Report on vaccination in Madras 1904-1921 - 1904-1921
Year: 1904
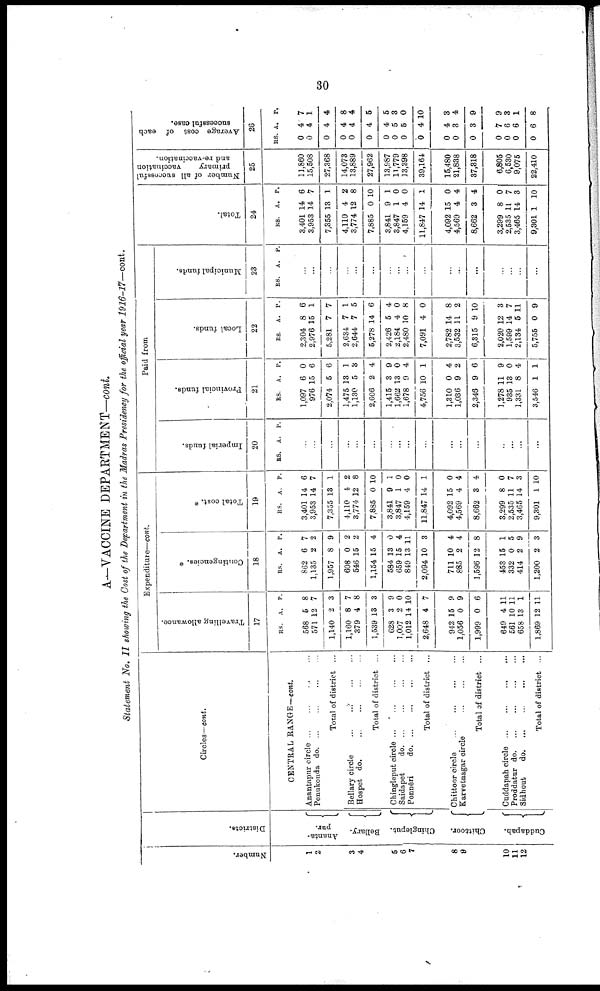
30
A—VACCINE DEPARTMENT—cont.
Statement No. II showing the Cost of the Department in the Madras Presidency for the official year 1916-17—cont.
Number.
1
2
3
4
5
6
7
8
9
10
11
12
Districts.
Ananta¬
pur.
Bellary.
Chingleput.
Chittoor.
Cuddapah.
Circles—cont.
CENTRAL RANGE— cont.
Anantapur circle
...
...
...
...
Penukonda do. ... ... ... ...
Total of district ...
Bellary circle
...
...
...
...
Hospet do.
...
...
...
...
Total of district ...
Chingleput circle
...
...
...
...
Saidapet
d
o
. ... ... ... ...
Ponnēri
d
o
. ... ... ... ...
Total of district ...
Chittoor circle ... ... ... ...
Karvetnagar circle
...
...
...
Total of district ...
Cuddapah circle
...
...
...
...
Proddatur d
o
. ... ... ... ...
Sidhout
d
o
. ... ... ... ...
Total of district ...
Expenditure—cont.
Travelling allowance.
17
RS. A. P.
568
571
1,140
1,160
379
1,539
628
1,007
1,012
2,648
942
1,056
1,999
649
561
658
1,869
5
12
2
8
4
13
3
2
14
4
15
0
0
4
10
13
12
8
7
3
7
8
3
9
0
10
7
9
9
6
11
11
1
11
Contingencies. *
18
RS. A. P.
862
1,135
1,957
608
546
1,154
584
659
849
2,094
711
885
1,596
453
332
414
1,200
6
2
8
0
15
15
13
15
13
10
10
2
12
15
0
2
2
7
2
9
2
2
4
0
4
11
3
4
4
8
1
5
9
3
Total cost. *
19
RS. A. P.
3,401
3,953
7,355
4,110
3,774
7,885
3,841
3,847
4,159
11,847
4,092
4,569
8,662
3,299
2,535
3,465
9,301
14
14
13
4
12
0
9
1
4
14
15
4
8
8
11
14
1
6
7
1
2
8
10
1
0
0
1
0
4
4
0
7
3
10
Paid from
Imperial funds.
20
RS. A. P.
...
...
...
...
...
...
...
...
...
...
...
...
...
...
...
...
...
Provincial funds.
21
RS. A. P.
1,097
976
2,074
1,475
1,130
2,606
1,415
1,662
1,678
4,756
1,310
1,036
2,346
1,278
935
1,331
3,546
6
15
5
18
5
2
3
13
9
10
0
9
9
11
13
8
1
0
6
6
1
3
4
9
0
4
1
4
2
6
9
0
4
1
Local funds.
22
RS. A. P.
2,304
2,976
5,281
2,634
2,644
5,278
2,426
2,184
2,480
7,091
2,782
3,532
6,315
2,020
1,599
2,134
5,755
8
15
7
7
7
14
5
4
10
4
14
11
9
12
14
5
0
6
1
7
1
5
6
4
0
8
0
8
2
10
3
7
11
9
Municipal funds.
23
RS. A. P.
...
...
...
...
...
...
...
...
...
...
...
...
...
...
...
...
...
Total.
24
RS. A. P.
3,401
3,953
7,355
4,110
3,774
7,885
3,841
3,847
4,159
11,847
4,092
4,569
8,662
3,299
2,535
3,465
9,301
14
14
18
4
12
0
9
1
4
14
15
4
3
8
11
14
1
6
7
1
2
8
10
1
0
0
1
0
4
4
0
7
3
10
Number of all successful
primary
vaccination
and re-vaccination.
25
11,860
15,508
27,368
14,073
13,889
27,962
13,987
11,779
13,398
39,164
15,480
21,838
37,318
6,805
6,530
9,075
22,410
Average cost of each
successful case.
26
RS. A. P.
0
0
0
0
0
0
0
0
0
0
0
0
0
0
0
0
0
4
4
4
4
4
4
4
5
5
4
4
3
3
7
6
6
6
7
1
4
8
4
5
5
3
0
10
3
4
9
9
3
1
8